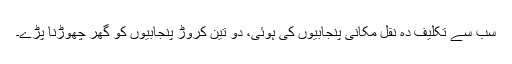
سب سے تکلیف دہ نقل مکانی پنجابیوں کی ہوئی، دو تین کروڑ پنجابیوں کو گھر چھوڑنا پڑے۔